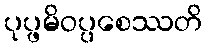
ပုပ္ဖမိဝပ္ပစေဿတိ